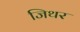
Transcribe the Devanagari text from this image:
जिथर